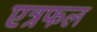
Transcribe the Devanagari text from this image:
एत्रफल